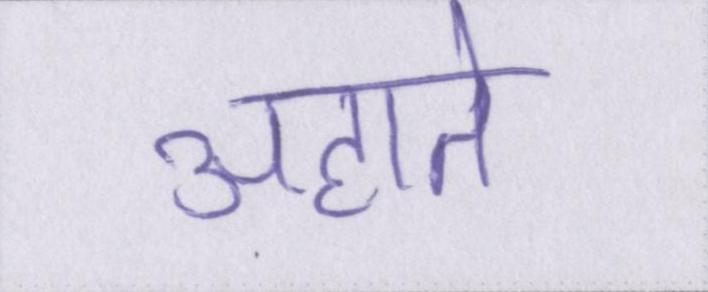
अहाते